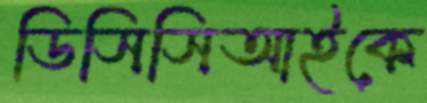
ডিসিসিআইকে